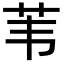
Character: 苇